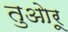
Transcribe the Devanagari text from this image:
तुओरू